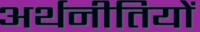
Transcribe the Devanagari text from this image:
अर्थनीतियों